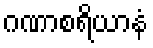
ဂဏာစရိယာနံ